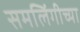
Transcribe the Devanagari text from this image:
समलिंगीच्या